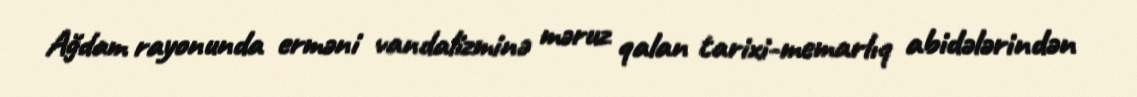
Ağdam rayonunda erməni vandalizminə məruz qalan tarixi-memarlıq abidələrindən